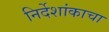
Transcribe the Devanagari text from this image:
निर्देशांकाचा